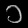
Digit: ၁